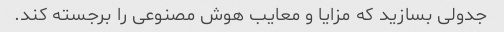
جدولی بسازید که مزایا و معایب هوش مصنوعی را برجسته کند.